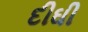
દીઘી